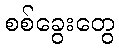
စစ်ခွေးတွေ